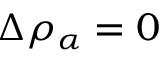
\Delta \rho _ { \alpha } = 0